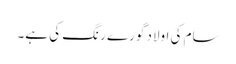
سام کی اولاد گورے رنگ کی ہے۔